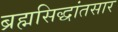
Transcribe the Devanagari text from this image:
ब्रह्मसिद्धांतसार